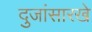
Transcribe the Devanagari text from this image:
दुजांसारखे